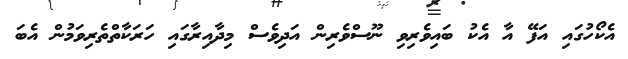
އެކޯހުގައި އަފޭ އާ އެކު ބައިވެރިވި ނޫސްވެރިން އަދިވެސް މިދާއިރާގައި ހަރަކާތްތެރިވަމުން އެބަ